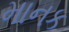
માનક